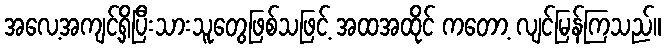
အလေ့အကျင့်ရှိပြီးသားသူတွေဖြစ်သဖြင့် အထအထိုင် ကတော့ လျင်မြန်ကြသည်။